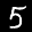
Label: 5